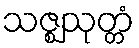
သဇ္ဈသုတ္တံ